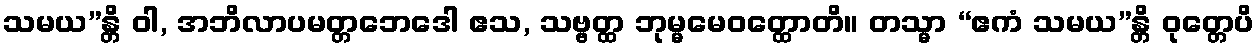
သမယ”န္တိ ဝါ, အဘိလာပမတ္တဘေဒေါ ဧသ, သဗ္ဗတ္ထ ဘုမ္မမေဝတ္ထောတိ။ တသ္မာ “ဧကံ သမယ”န္တိ ဝုတ္တေပိ